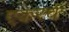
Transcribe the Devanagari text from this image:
एकरचे